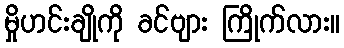
မှိုဟင်းချိုကို ခင်ဗျား ကြိုက်လား။